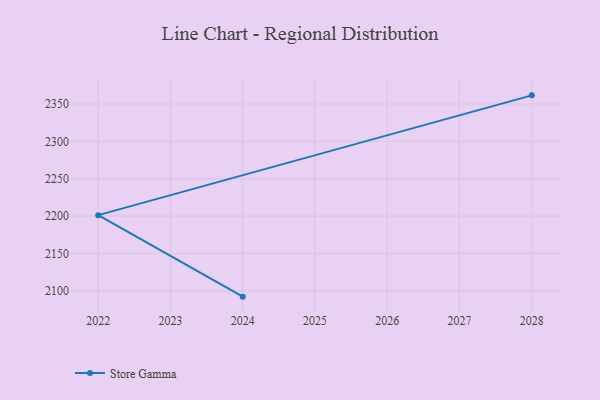
{"axis": {"x": "Year", "y": "Page Views"}, "legend": ["Store Gamma"], "data": [{"x": "2024", "y": 2092.1, "type": "Store Gamma"}, {"x": "2022", "y": 2201.2, "type": "Store Gamma"}, {"x": "2028", "y": 2361.6, "type": "Store Gamma"}]}